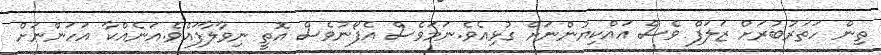
ތިން ހަތަރުބުރަށް ޒަލަފް ވެސް އައްކިޔުންނަށް ގުޅިއެވެ.ނަމަވެސް އެފޯނުވެސް އޮތީ ނިވާލާފައެވެ.އަނެއްކާ އަަހަންނަށް